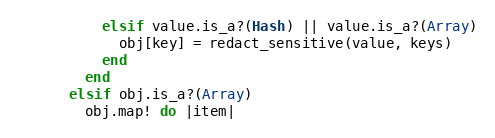
Language: Ruby
          elsif value.is_a?(Hash) || value.is_a?(Array)
            obj[key] = redact_sensitive(value, keys)
          end
        end
      elsif obj.is_a?(Array)
        obj.map! do |item|